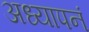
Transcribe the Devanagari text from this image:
अध्यापनं